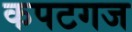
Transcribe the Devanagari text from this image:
कपटगज